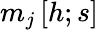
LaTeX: m_{j}\left[h;s\right]